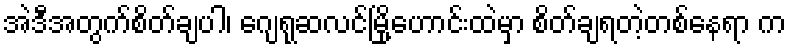
အဲဒီအတွက်စိတ်ချပါ၊ ဂျေရုဆလင်မြို့ဟောင်းထဲမှာ စိတ်ချရတဲ့တစ်နေရာ က